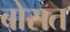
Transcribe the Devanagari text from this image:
बोसत